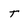
Character: T